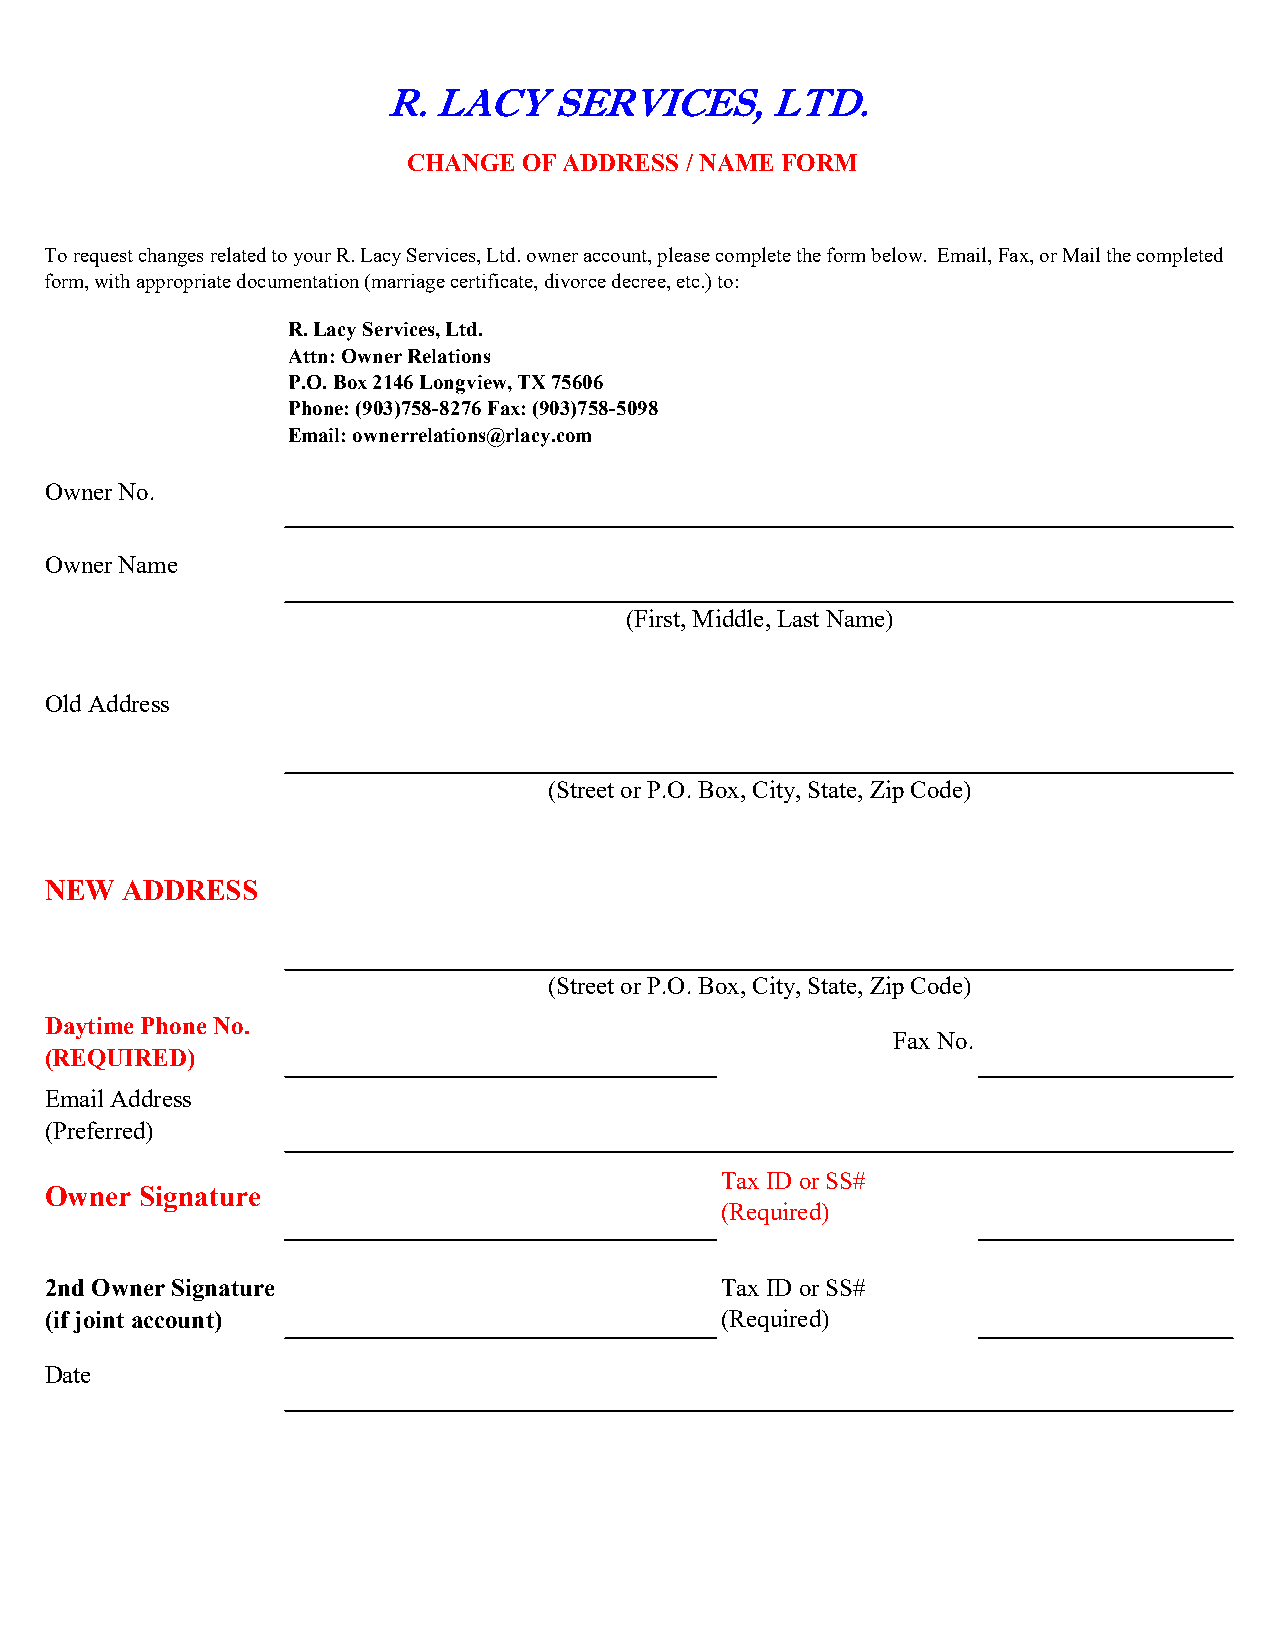
R. LACY    SERVICES,     LTD.
 CHANGE  OF ADDRESS / NAME FORM
 To request changes related to your R. Lacy Services, Ltd. owner account, please complete the form below. Email, Fax, or Mail the completed
 form, with appropriate documentation (marriage certificate, divorce decree, etc.) to:
 R. Lacy Services, Ltd.
 Attn: Owner Relations
 P.O. Box 2146 Longview, TX 75606
 Phone: (903)758-8276 Fax: (903)758-5098
 Email: ownerrelations@rlacy.com
 Owner No.
 Owner Name
 (First, Middle, Last Name)
 Old Address
 (Street or P.O. Box, City, State, Zip Code)
 NEW  ADDRESS
 (Street or P.O. Box, City, State, Zip Code)
 Daytime Phone No.
 Fax No.
 (REQUIRED)
 Email Address
 (Preferred)
 Tax ID or SS#
 Owner Signature
 (Required)
 2nd Owner Signature                          Tax ID or SS#
 (if joint account)                           (Required)
 Date